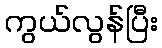
ကွယ်လွန်ပြီး